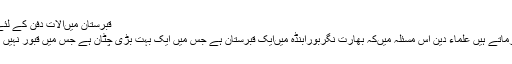
قبرستان میںآلاتِ دفن کے لئے کمرہ بنانا
سوال : کیافرماتے ہیں علماء دین اس مسئلہ میںکہ بھارت نگربورابنڈہ میںایک قبرستان ہے جس میں ایک بہت بڑی چٹان ہے جس میں قبور نہیں کھودسکتے۔